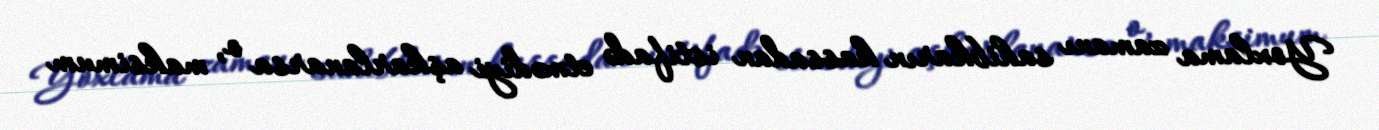
Yoxlama zamanı sahibkarın kassadan istifadə etmədiyi aşkarlanarsa o, maksimum